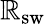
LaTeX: \mathbb{R}_{\mathrm{{sw}}}